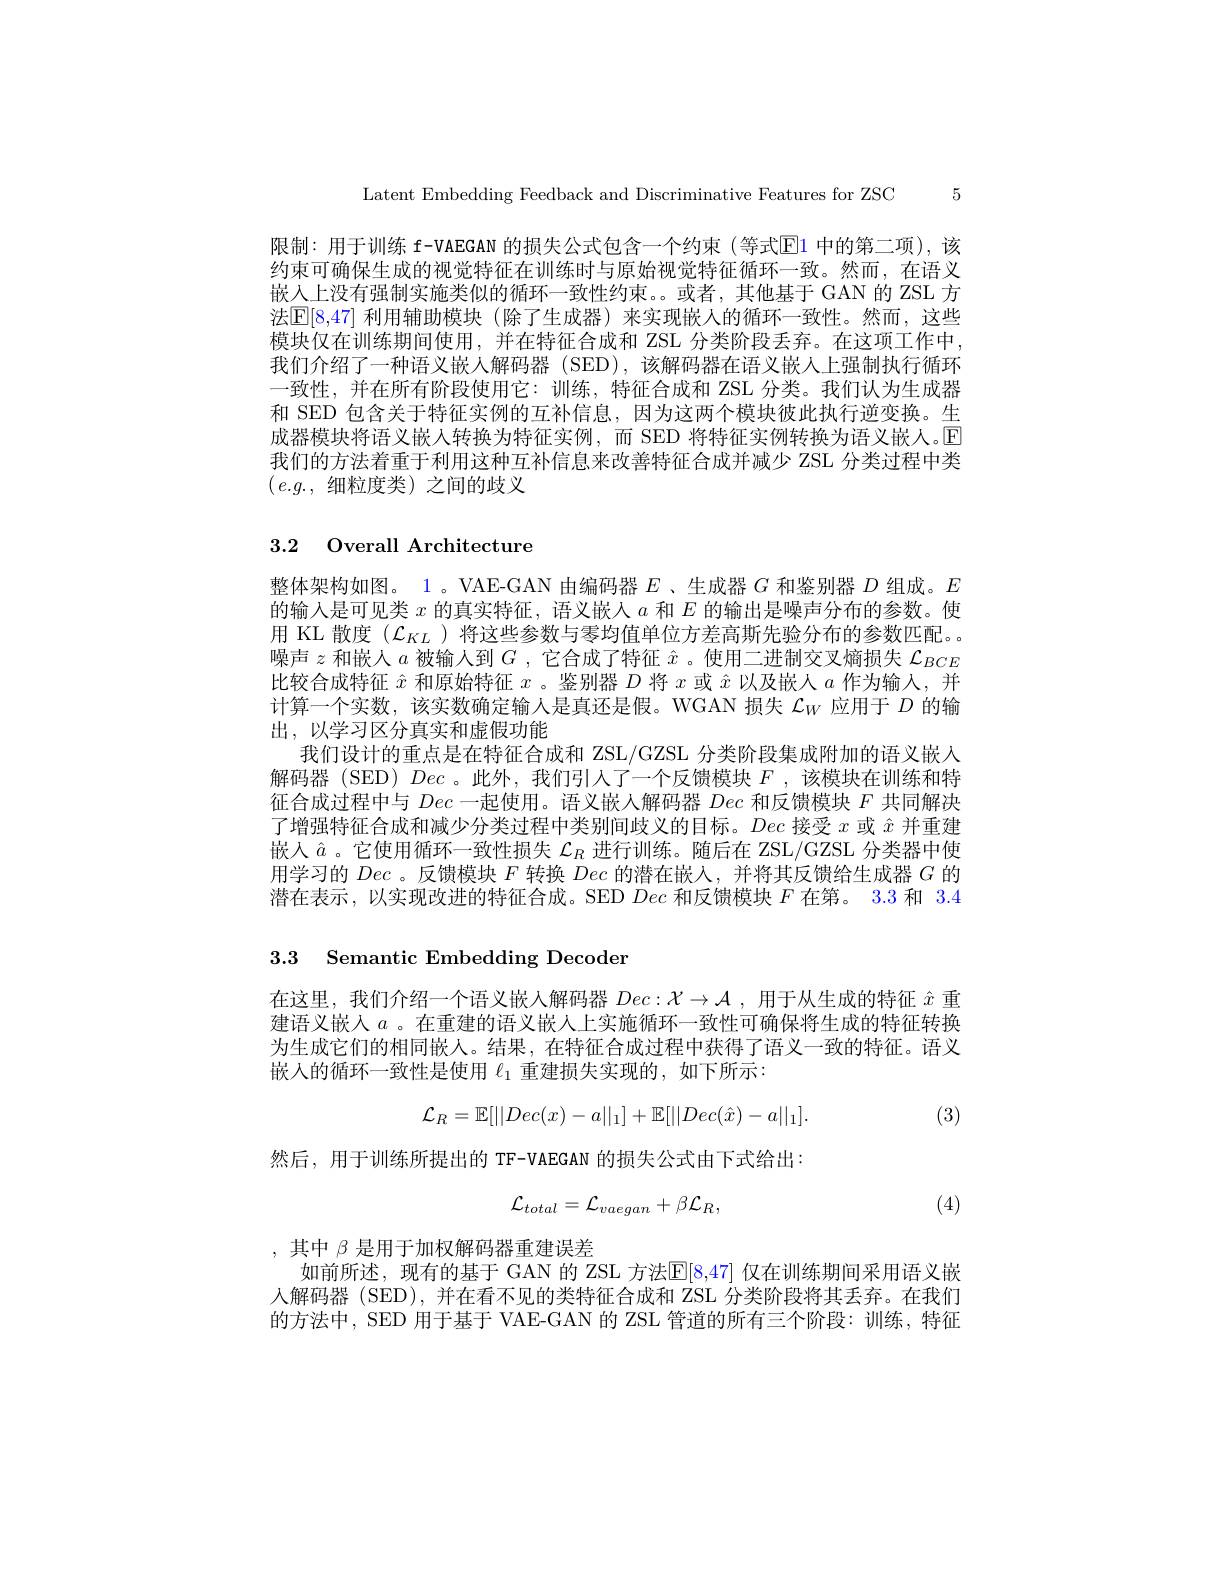
Latent Embedding Feedback and Discriminative Features for ZSC 5

限制：用于训练 f-VAEGAN 的损失公式包含一个约束(等式$\mathbb{E}$1 中的第二项),该约束可确保生成的视觉特征在训练时与原始视觉特征循环一致。然而，在语义嵌入上没有强制实施类似的循环一致性约束。或者，其他基于 GAN 的 ZSL 方法$\boxed{\mathbb{E}}[8,47]$ 利用辅助模块 (除了生成器) 来实现嵌人的循环一致性。然而，这些模块仅在训练期间使用，并在特征合成和 ZSL 分类阶段丢弃。在这项工作中我们介绍了一种语义嵌人解码器 (SED),该解码器在语义嵌人上强制执行循环一致性，并在所有阶段使用它：训练，特征合成和 ZSL 分类。我们认为生成器和 SED 包含关于特征实例的互补信息，因为这两个模块彼此执行逆变换。生成器模块将语义嵌人转换为特征实例，而 SED 将特征实例转换为语义嵌人。$\overline{\mathrm{E}}$ 我们的方法着重于利用这种互补信息来改善特征合成并减少 ZSL 分类过程中类( $e. g.$ , 细粒度类)之间的歧义

## 3.2 Overall Architecture

整体架构如图。1 。VAE-GAN 由编码器$E$ 、生成器$G$和鉴别器$D$组成。$E$ 的输入是可见类$x$的真实特征，语义嵌入$a$和$E$的输出是噪声分布的参数。使用 KL 散度$(\mathcal{L}_{KL}$ )将这些参数与零均值单位方差高斯先验分布的参数匹配。。噪声$z$和嵌人$a$被输入到$G$ ,它合成了特征$\hat{x}$ 。使用二进制交叉熵损失$\mathcal{L}_BCE$ 比较合成特征$\hat{x}$和原始特征$x$ 。鉴别器$D$将$x$或$\hat{x}$以及嵌人$a$作为输入，并计算一个实数，该实数确定输入是真还是假。WGAN 损失$\mathcal{L}_{W}$应用于$D$的输出，以学习区分真实和虚假功能
我们设计的重点是在特征合成和 ZSL/GZSL 分类阶段集成附加的语义嵌人解码器 (SED) Dec 。此外，我们引人了一个反馈模块$F$ ,该模块在训练和特征合成过程中与Dec一起使用。语义嵌人解码器Dec和反馈模块$F$共同解决了增强特征合成和减少分类过程中类别间歧义的目标。Dec接受$x$或$\hat{x}$并重建嵌入$\hat{a}$ 。它使用循环一致性损失$\mathcal{L}_R$进行训练。随后在 ZSL/GZSL 分类器中使用学习的Dec 。反馈模块$F$转换Dec的潜在嵌人，并将其反馈给生成器$G$的潜在表示，以实现改进的特征合成。SED Dec和反馈模块$F$在第。3.3 和 3.4

## 3.3 Semantic Embedding Decoder

在这里，我们介绍一个语义嵌人解码器$Dec:\mathcal{X}\to\mathcal{A}$,用于从生成的特征$\hat{x}$重建语义嵌入$a$ 。在重建的语义嵌人上实施循环一致性可确保将生成的特征转换为生成它们的相同嵌人。结果，在特征合成过程中获得了语义一致的特征。语义嵌入的循环一致性是使用$\ell_{1}$重建损失实现的，如下所示：
$$\mathcal{L}_{R}=\mathbb{E}[\|Dec(x)-a\|_{1}]+\mathbb{E}[\|Dec(\hat{x})-a\|_{1}].$$
 (3)

然后，用于训练所提出的 TF-VAEGAN 的损失公式由下式给出：
$$\mathcal{L}_{total}=\mathcal{L}_{vaegan}+\beta\mathcal{L}_{R},$$
(4)

,其中$\beta$是用于加权解码器重建误差
如前所述，现有的基于 GAN 的 ZSL 方法$\mathbb{E}[8,47]$ 仅在训练期间采用语义嵌人解码器 (SED),并在看不见的类特征合成和 ZSL 分类阶段将其丢弃。在我们的方法中，SED 用于基于 VAE-GAN 的 ZSL 管道的所有三个阶段：训练，特征